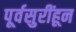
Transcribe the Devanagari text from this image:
पूर्वसुरींहून